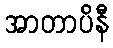
အာတာပိနီ